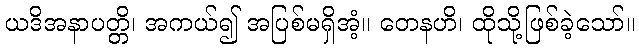
ယဒိအနာပတ္တိ၊ အကယ်၍ အပြစ်မရှိအံ့။ တေနဟိ၊ ထိုသို့ဖြစ်ခဲ့သော်။